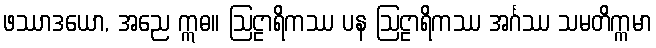
ဖဿာဒယော, အညေ ဣဓ။ ဩဠာရိကဿ ပန ဩဠာရိကဿ အင်္ဂဿ သမတိက္ကမာ